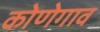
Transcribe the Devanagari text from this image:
कोणेगाव